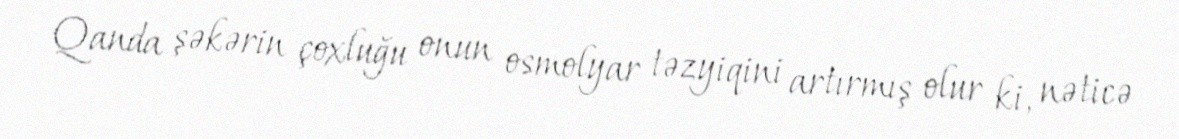
Qanda şəkərin çoxluğu onun osmolyar təzyiqini artırmış olur ki, nəticə